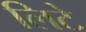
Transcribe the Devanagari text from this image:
लिटे